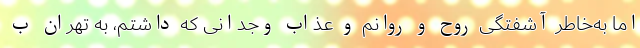
اما به‌خاطر آشفتگی روح و روانم و عذاب وجدانی که داشتم، به تهران ب